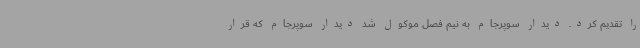
را تقدیم کرد. دیدار سوپرجام به نیم فصل موکول شد دیدار سوپرجام که قرار